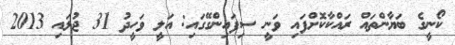
ކޯނީގެ ބަޔާންތައް ރައްކާކޮށްފައި ވަނީ ސިފައިންގޭގައި: އަލީ ވަހީދު 31 ޖުލައި 2013